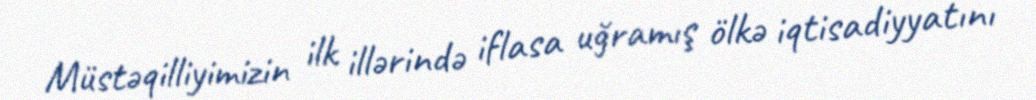
Müstəqilliyimizin ilk illərində iflasa uğramış ölkə iqtisadiyyatını